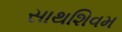
સાથશિવમ